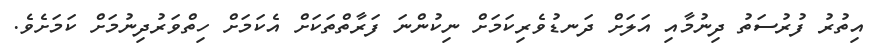
އިތުރު ފުރުސަތު ދިނުމާއި އަލަށް ދަނޑުވެރިކަމަށް ނިކުންނަ ފަރާތްތަކަށް އެކަމަށް ހިތްވަރުދިނުމަށް ކަމަށެވެ.